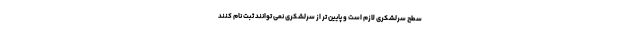
سطح سرلشکری لازم است و پایین تر از سرلشکری نمی توانند ثبت نام کنند